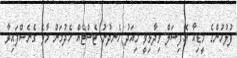
ފުލުހުންގެ މީޑިއާ އޮފިޝަލް ވިދާޅިވީ މިއަދު ހެނދުނު ޓެސްޓެއް ހެދުމަށް މާލެ ގެނެސްފައިވާ